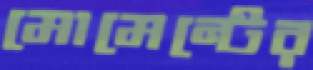
মোমেন্টের